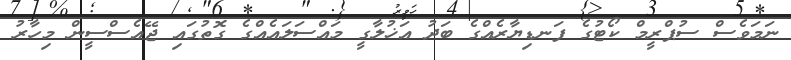
ނަމަވެސް ސުޕްރީމް ކޯޓުގެ ފަނޑިޔާރެއްގެ ބަދު އަޚުލާގީ މައްސަލައެއްގެ ގޮތުގައި ޖޭއެސްސީން މިހާރު